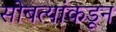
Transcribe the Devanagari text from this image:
सोबत्यांकडून